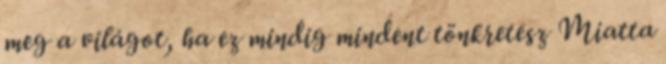
meg a világot, ha ez mindig mindent tönkretesz Miatta